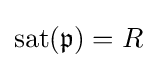
\operatorname {sat} ({\mathfrak {p}})=R